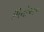
મિનોઅન